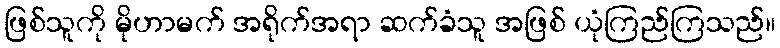
ဖြစ်သူကို မိုဟာမက် အရိုက်အရာ ဆက်ခံသူ အဖြစ် ယုံကြည်ကြသည်။